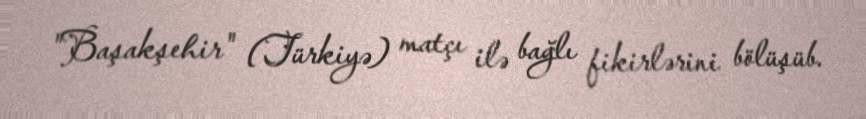
"Başakşehir" (Türkiyə) matçı ilə bağlı fikirlərini bölüşüb.